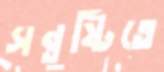
সন্তুষ্টিতে